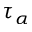
\tau _ { \alpha }